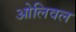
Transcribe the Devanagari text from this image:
ओलिवल